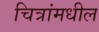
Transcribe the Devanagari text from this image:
चित्रांमधील